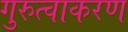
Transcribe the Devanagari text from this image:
गुरुत्वाकरण